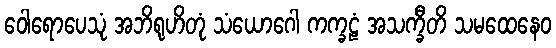
ဝေါရောပေသုံ အဘိရုဟိတုံ သံယောဂေါ ကက္ခဠံ အသက္ခီတိ သမထေနေဝ